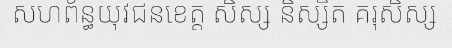
សហព័ន្ធយុវជនខេត្ត សិស្ស និស្សិត គរុសិស្ស